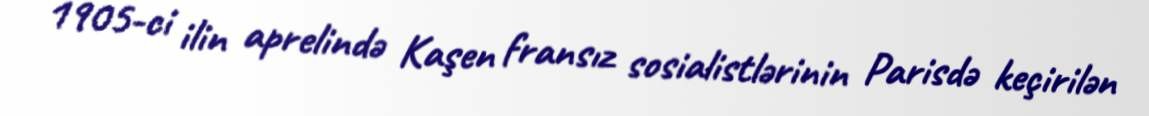
1905-ci ilin aprelində Kaşen fransız sosialistlərinin Parisdə keçirilən